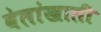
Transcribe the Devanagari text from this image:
वेलांखाली